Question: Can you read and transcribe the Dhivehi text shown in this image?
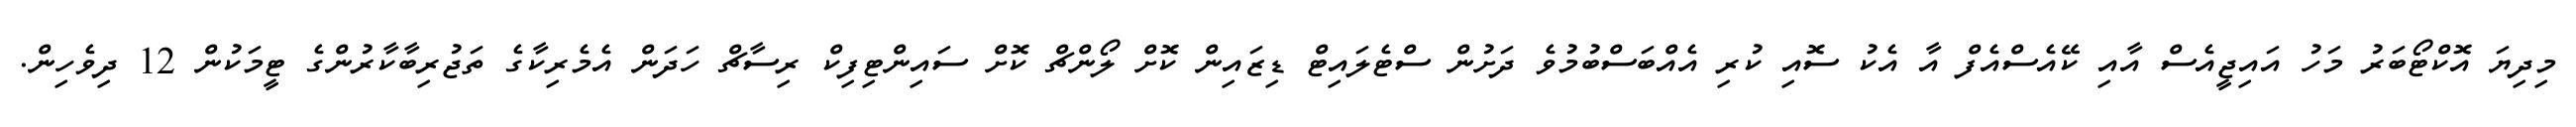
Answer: މިދިޔަ އޮކްޓޯބަރު މަހު އައިޖީއެސް އާއި ކޭއެސްއެފް އާ އެކު ސޮއި ކުރި އެއްބަސްބުމުވެ ދަށުން ސްޓެލައިޓް ޑިޒައިން ކޮށް ލޯންޗް ކޮށް ސައިންޓިފިކް ރިސާޗް ހަދަން އެމެރިކާގެ ތަޖުރިބާކާރުންގެ ޓީމަކުން 12 ދިވެހިން.